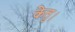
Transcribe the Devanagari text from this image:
केतु।